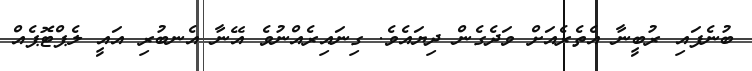
ބުނެފައި ރުބީނާ އެތެރެއަށް ވަދެގެން ދިޔައެވެ. ގިނައިރެއްނުވެ އޭނާ އެނބުރި އައީ ލެޕްޓޮޕެއް